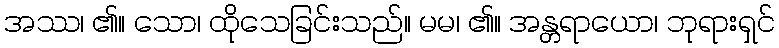
အဿ၊ ၏။ သော၊ ထိုသေခြင်းသည်။ မမ၊ ၏။ အန္တရာယော၊ ဘုရားရှင်